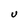
Character: U